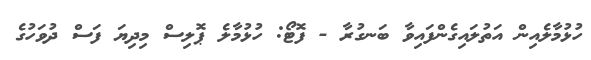
ހުޅުމާލެއިން އަތުލައިގެންފައިވާ ބަނގުރާ - ފޮޓޯ: ހުޅުމާލެ ޕޮލިސް މިދިޔަ ފަސް ދުވަހުގެ